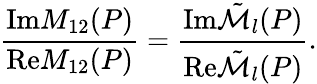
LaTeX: \frac{\mathrm{{Im}}M_{12}(P)}{{\mathrm{Re}}M_{12}(P)}=\frac{\mathrm{{Im}}{\tilde{\cal M}}_{l}(P)}{{\mathrm{Re}}{\tilde{\cal M}}_{l}(P)}.